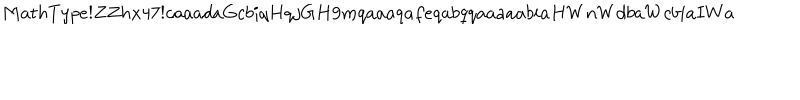
LaTeX: M a t h T y p e ! Z Z h x 4 7 ! c a a a d a G c b i q H q j G H 9 m q a a a q a f e q a b q q a a a a a b i a H W n W d b a W c b i a I W a